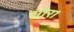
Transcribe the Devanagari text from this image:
गौर।